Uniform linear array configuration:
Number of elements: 8
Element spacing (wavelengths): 0.5
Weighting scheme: kaiser
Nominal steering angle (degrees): -45
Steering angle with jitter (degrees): -43.847
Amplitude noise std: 0.05
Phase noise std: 0.05

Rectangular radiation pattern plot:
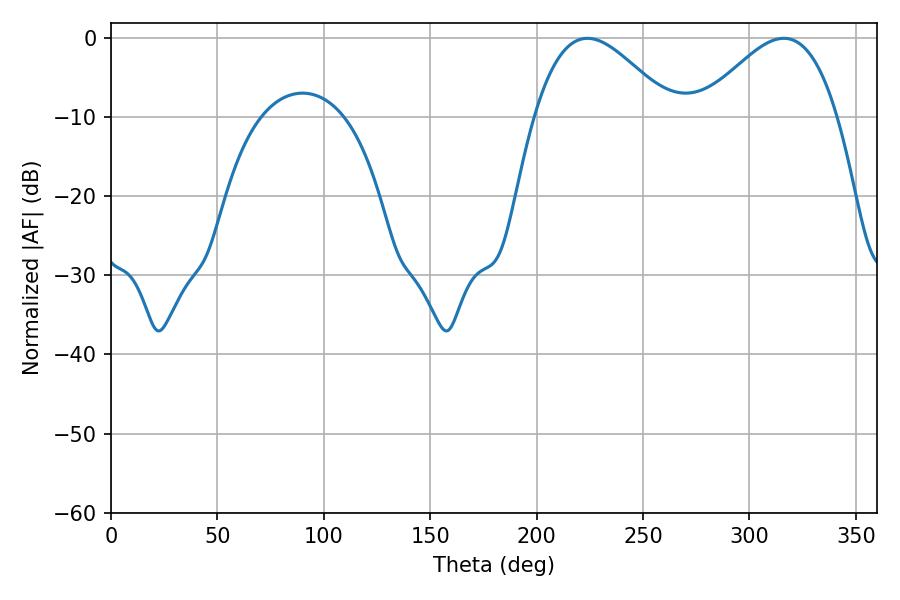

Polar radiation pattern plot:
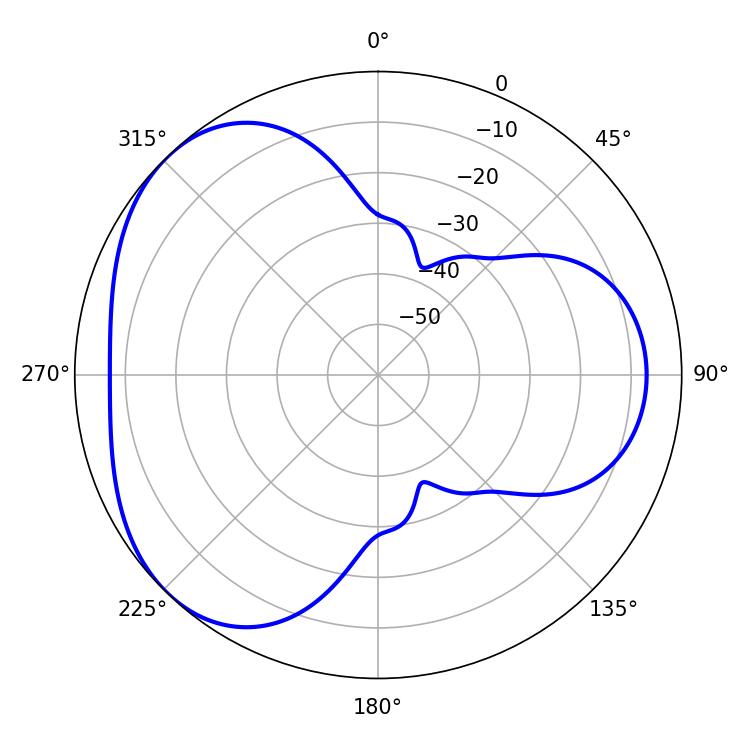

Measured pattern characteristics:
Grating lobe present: FALSE
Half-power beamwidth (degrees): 34.74
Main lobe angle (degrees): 316.08